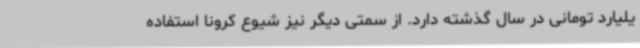
یلیارد تومانی در سال گذشته دارد. از سمتی دیگر نیز شیوع کرونا استفاده